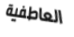
العاطفية